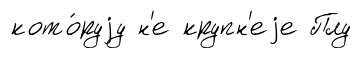
кото́руjу н'е крупн'еjе Плу